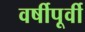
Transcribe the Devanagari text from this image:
वर्षीपूर्वी